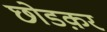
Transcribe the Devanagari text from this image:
छोडक़र